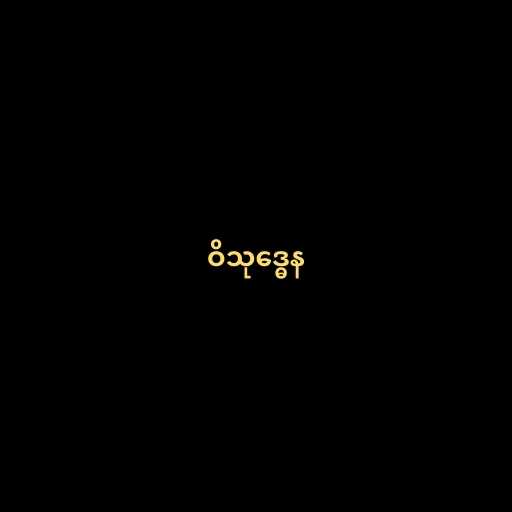
ဝိသုဒ္ဓေန